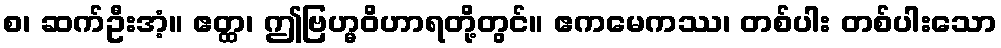
စ၊ ဆက်ဦးအံ့။ ဧတ္ထ၊ ဤဗြဟ္မဝိဟာရတို့တွင်။ ဧကမေကဿ၊ တစ်ပါး တစ်ပါးသော